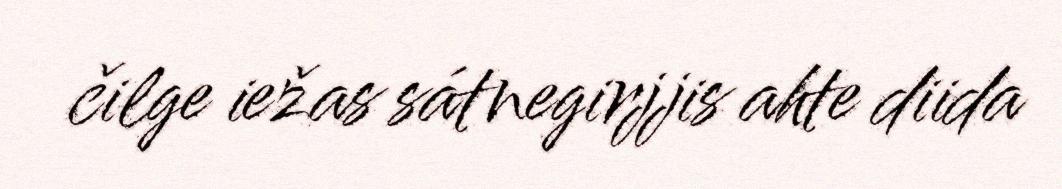
čilge iežas sátnegirjjis ahte diida